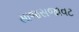
સાજસજાવટ